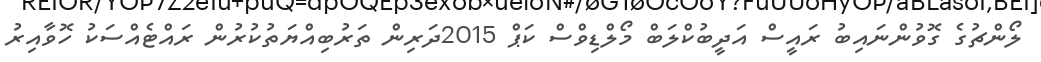
ލޯންޗުގެ ގޮވުންނައިބު ރައީސް އަދީބުކްލަބް މޯލްޑިވްސް ކަޕް 2015ދަރިން ތަރުބިއްޔަތުކުރުން ރައްޓެއްސަކު ހޮވާއިރު